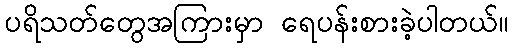
ပရိသတ်တွေအကြားမှာ ရေပန်းစားခဲ့ပါတယ်။